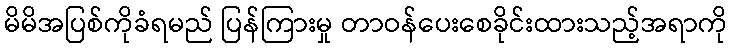
မိမိအပြစ်ကိုခံရမည် ပြန်ကြားမှု တာဝန်ပေးစေခိုင်းထားသည့်အရာကို